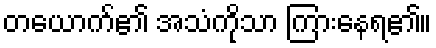
တယောက်၏ အသံကိုသာ ကြားနေရ၏။